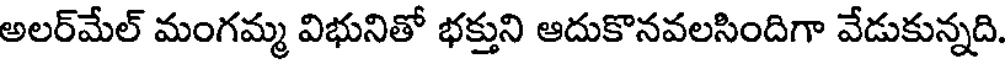
అలర్మేల్ మంగమ్మ విభునితో భక్తుని ఆదుకొనవలసిందిగా వేడుకున్నది.